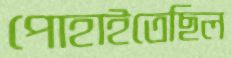
পোহাইতেছিল